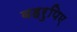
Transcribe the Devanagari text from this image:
बहरुपिए